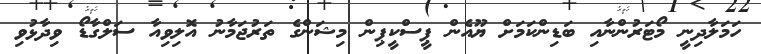
ހަމަލާދިނީ މޯޓަރުންނާއި ބަޑިންކަމަށް ޔޫއެން ޕީސްކީޕިން މިޝަންގެ ތަރުޖަމާނު އޮލިވިއާ ސަލްގާޑޯ ވިދާޅުވި